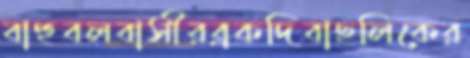
বাহুবলবাসীরব্রকদিবাছলিকের